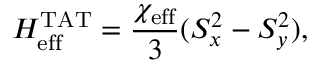
H _ { \mathrm { e f f } } ^ { \mathrm { T A T } } = \frac { \chi _ { \mathrm { e f f } } } { 3 } ( S _ { x } ^ { 2 } - S _ { y } ^ { 2 } ) ,